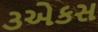
૩એકસ